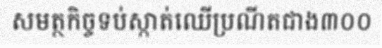
សមត្ថកិច្ចទប់ស្កាត់ឈើប្រណីតជាង៣០០